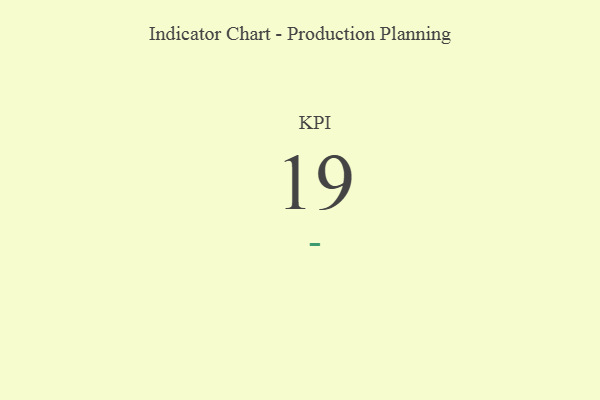
{"axis": {"x": "KPI", "y": "Value"}, "legend": [""], "data": [{"x": "KPI", "y": 19, "type": ""}]}